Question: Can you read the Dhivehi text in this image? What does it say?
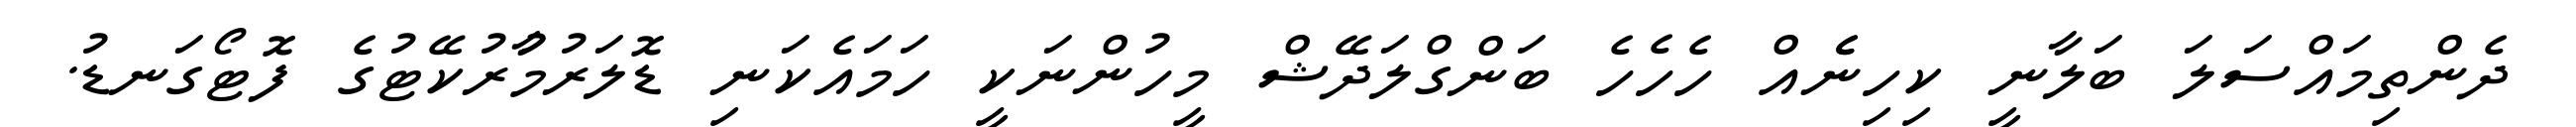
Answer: ދެންތިމައްސަލަ ބަލާނީ ކިހިނެެއް ހެހެހެ ބަންގްލަދޭޝް މީހުންނަކީ ހަމައެކަނި ޑޮލަރުމާުރުކޭޓުގެ ފޮޓޯގަނޑު.